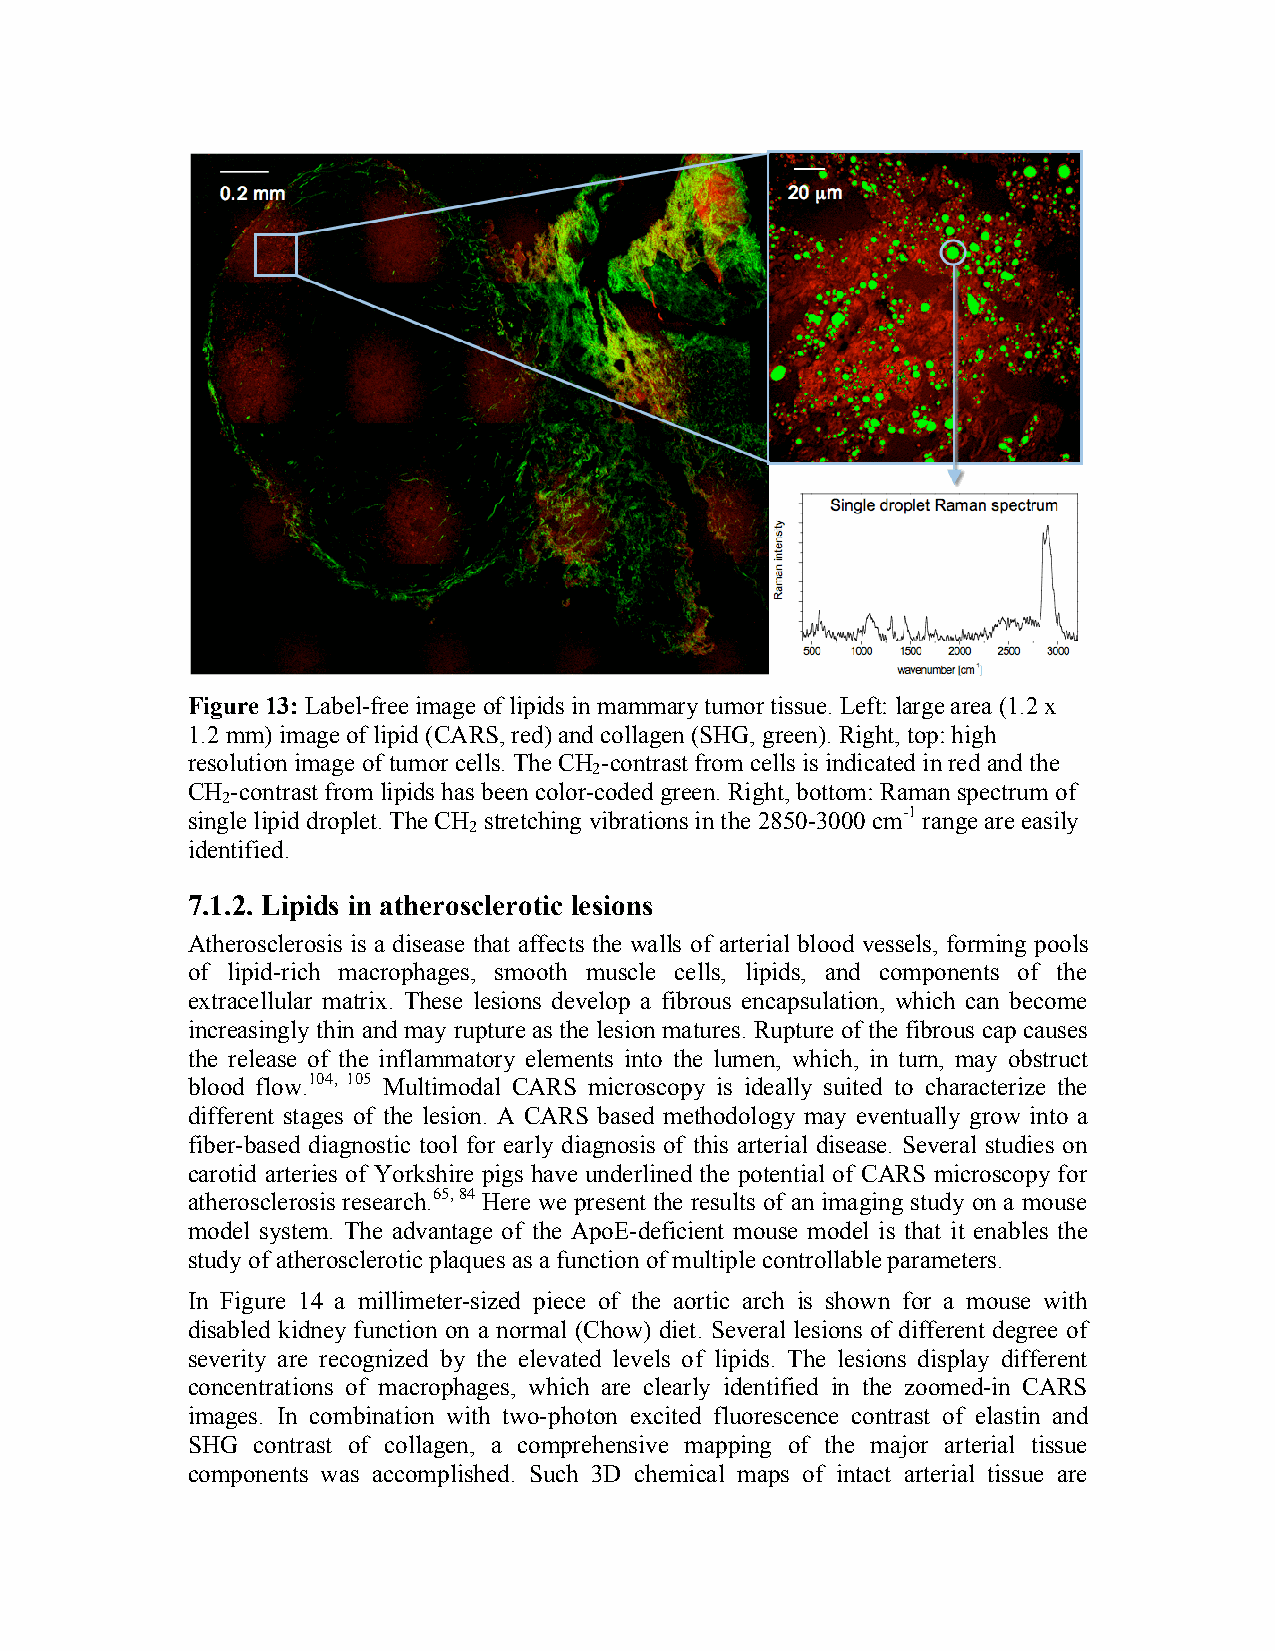
Figure 13: Label-free image of lipids in mammary tumor tissue. Left: large area (1.2 x
 1.2 mm) image of lipid (CARS, red) and collagen (SHG, green). Right, top: high
 resolution image of tumor cells. The CH -contrast from cells is indicated in red and the
 2
 CH -contrast from lipids has been color-coded green. Right, bottom: Raman spectrum of
 2
 single lipid droplet. The CH stretching vibrations in the 2850-3000 cm-1 range are easily
 2
 identified.
 7.1.2. Lipids in atherosclerotic lesions
 Atherosclerosis is a disease that affects the walls of arterial blood vessels, forming pools
 of lipid-rich macrophages, smooth muscle cells, lipids, and components of the
 extracellular matrix. These lesions develop a fibrous encapsulation, which can become
 increasingly thin and may rupture as the lesion matures. Rupture of the fibrous cap causes
 the release of the inflammatory elements into the lumen, which, in turn, may obstruct
 blood flow.104, 105 Multimodal CARS microscopy is ideally suited to characterize the
 different stages of the lesion. A CARS based methodology may eventually grow into a
 fiber-based diagnostic tool for early diagnosis of this arterial disease. Several studies on
 carotid arteries of Yorkshire pigs have underlined the potential of CARS microscopy for
 atherosclerosis research.65, 84 Here we present the results of an imaging study on a mouse
 model system. The advantage of the ApoE-deficient mouse model is that it enables the
 study of atherosclerotic plaques as a function of multiple controllable parameters.
 In Figure 14 a millimeter-sized piece of the aortic arch is shown for a mouse with
 disabled kidney function on a normal (Chow) diet. Several lesions of different degree of
 severity are recognized by the elevated levels of lipids. The lesions display different
 concentrations of macrophages, which are clearly identified in the zoomed-in CARS
 images. In combination with two-photon excited fluorescence contrast of elastin and
 SHG  contrast of collagen, a comprehensive mapping of the major arterial tissue
 components was accomplished. Such 3D chemical maps of intact arterial tissue are